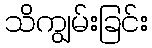
သိကျွမ်းခြင်း